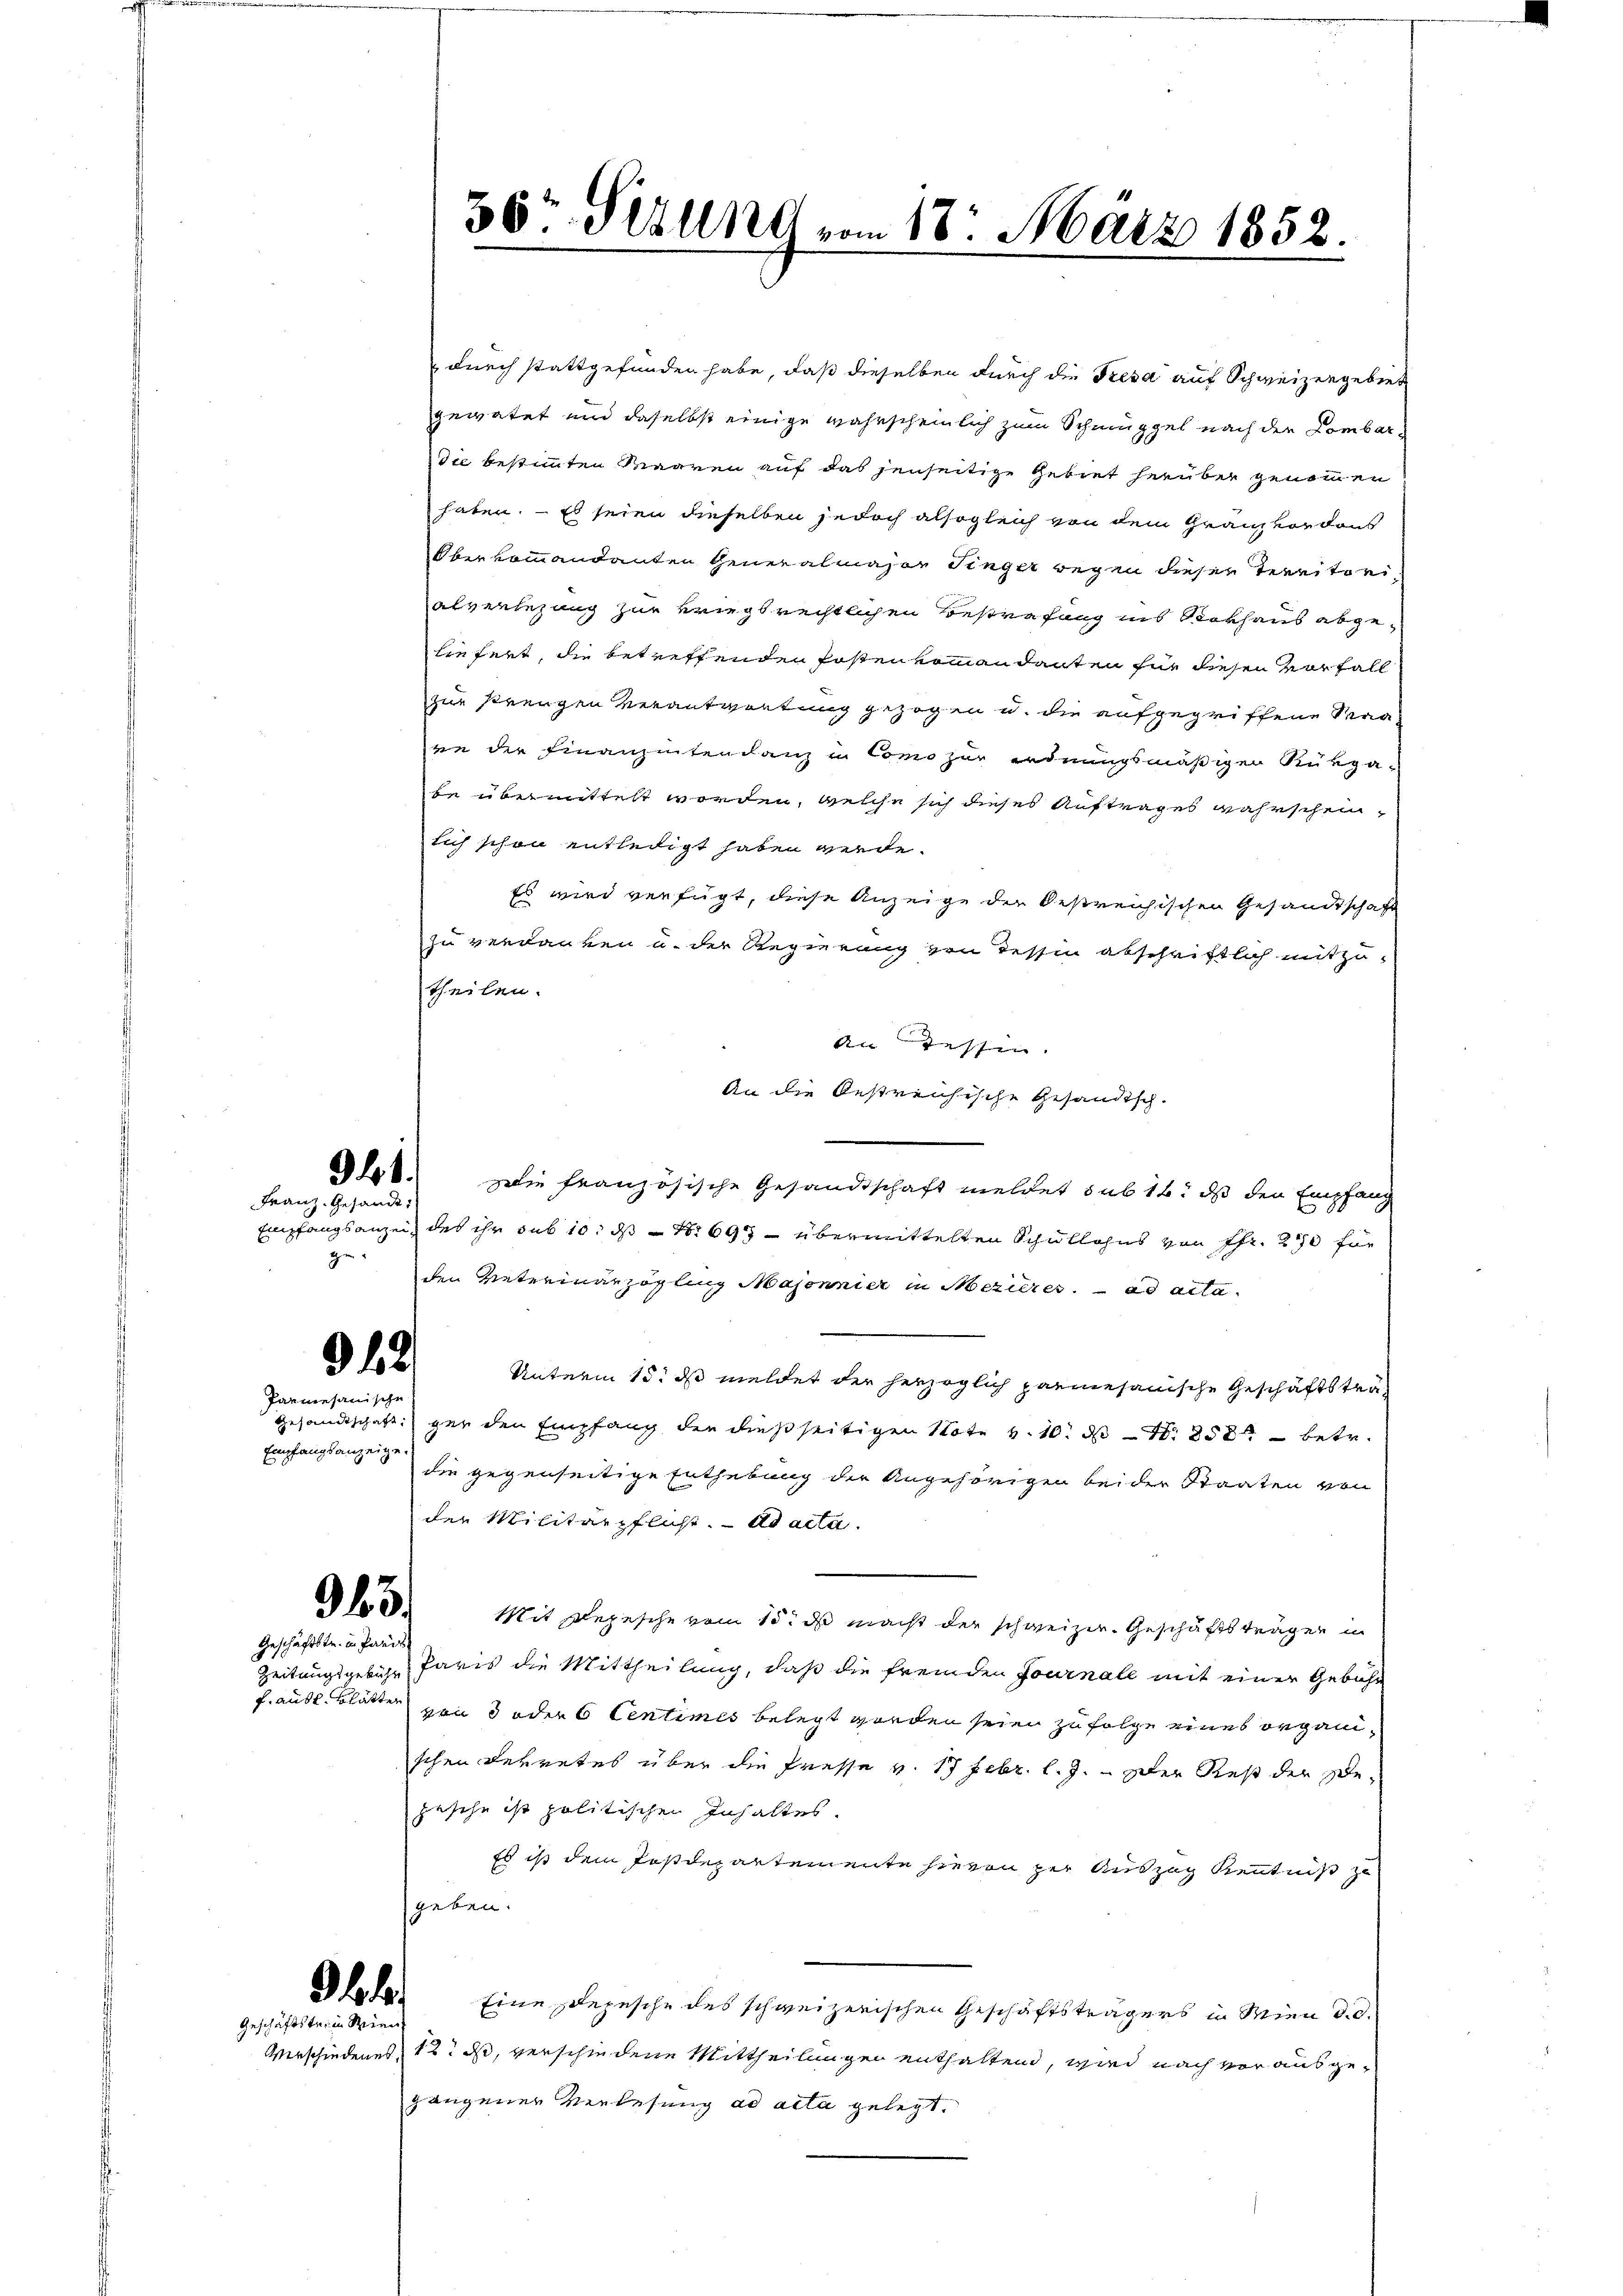
ge

941.
Franz. Gesandt,

Parmesanische

Empfangsanzeige.

945.

Geschäftstr. in Paris

durch stattgefunden habe, daß dieselben durch die Fresa auf Schweizergebiet
gewatet und daselbst einige wahrscheinlich zum Schmuggel nach der Lombardie bestimmten Waaren auf das jenseitige Gebiet herüber genommen
haben. – Es seien dieselben jedoch alsogleich von dem Granz vor dan
Oberkommandanten Generalmajor Finger wegen dieser Territoriabverlegung zur kriegsrechtlichen Bestrafang ins Rokhaus abgeliefert, die betreffenden Posten vom andanten für diesen vorfall
zur Kreugen verantwortung gezogen u. die aufgegriffene Maa
rn der Finanzentendanz in Como zur ordnungsmäßigen Rükza-
be übermittelt worden, welche sich dieses Auftrages wahrschein,
lich schon entledigt haben werde.
Es wird verfügt, diese Anzeige der Oestreichischen Gesandtschaft
zu verdanken u. der Regierung von dessin abschriftlich mitzu-
theilen.
An Zessin.
An die bestreichische Gesandtsch.
Die französische Gesandtschaft meldet sub 16. ds den Empfang
Empfangsanzeit des ihr sub 10. ds Nr 697 übermittelten Schullohns von Pfr. 250 für
den Veterianzögling Majonnier in Mezieres. ad acta
942.
Unterm 15. ds meldet der herzoglich parmesanische Geschäftsträ¬
Gesandtschaft gar den Empfang der dießseitigen Note v. 10. d. 258 betr.
die gegenseitige Enthebung der Angehörigen beider Staaten von
der Militärpflicht. ad acta.
Mit Depesche vom 15. ds macht der schweizer. Geschäftsträgen in
Zeitausgebühr Paris die Mittheilung, daß die fremden Journall mit einer Gebühr
.ausl. Blätter 3 oder 6 Centimes belegt worden seien zufolge eines organischen Dekretes über die Presse v. 17 Febr. l. J. - Der Rest der De-
pesche ist politischen Inhaltes.
Es ist dem Jostdepartemente hievon zur Auszug Kenntniß zu
geben.
e
36.
Eine Depesche des schweizerischen Geschäftsträgers in Wien d. d.
Verschiedenes, 12. ds, verschiedene Mittheilungen enthaltend, wird nach vor ausgegangener Verlesung ad acta gelegt.

Geschäftstein Wien

56 Perung vom 18. März 1852.